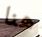
هنا